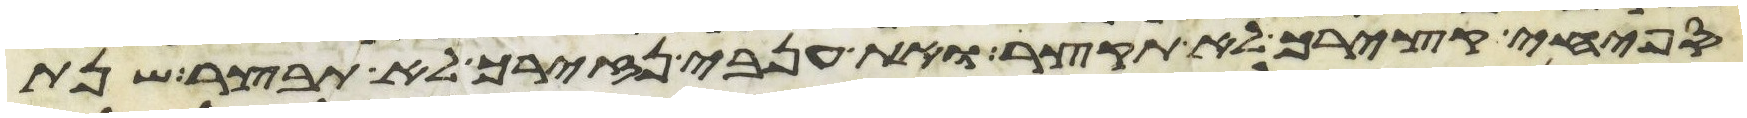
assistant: ספחי קציריך לא תקצר ואת ענבי נזיריך לא תבצר שנת